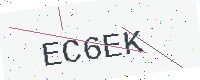
Text: EC6EK